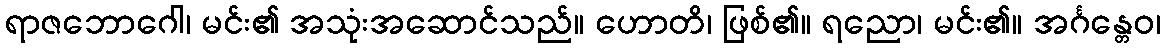
ရာဇဘောဂေါ၊ မင်း၏ အသုံးအဆောင်သည်။ ဟောတိ၊ ဖြစ်၏။ ရညော၊ မင်း၏။ အင်္ဂန္တေဝ၊